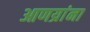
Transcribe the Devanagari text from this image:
आणय्रांना